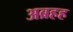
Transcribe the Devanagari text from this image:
अब्रहह